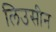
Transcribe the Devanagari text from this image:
लिउसीन